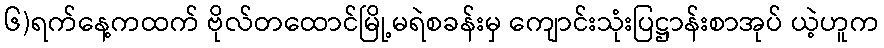
၆)ရက်နေ့ကထက် ဗိုလ်တထောင်မြို့မရဲစခန်းမှ ကျောင်းသုံးပြဋ္ဌာန်းစာအုပ် ယဲ့ဟူက